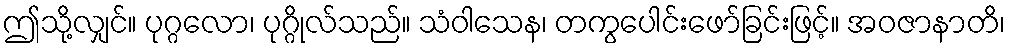
ဤသို့လျှင်။ ပုဂ္ဂလော၊ ပုဂ္ဂိုလ်သည်။ သံဝါသေန၊ တကွပေါင်းဖော်ခြင်းဖြင့်။ အဝဇာနာတိ၊